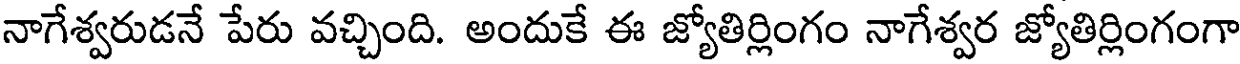
నాగేశ్వరుడనే పేరు వచ్చింది. అందుకే ఈ జ్యోతిర్లింగం నాగేశ్వర జ్యోతిర్లింగంగా